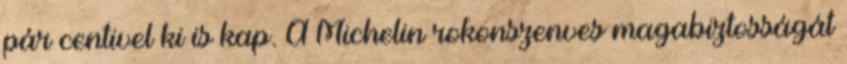
pár centivel ki is kap. A Michelin rokonszenves magabiztosságát